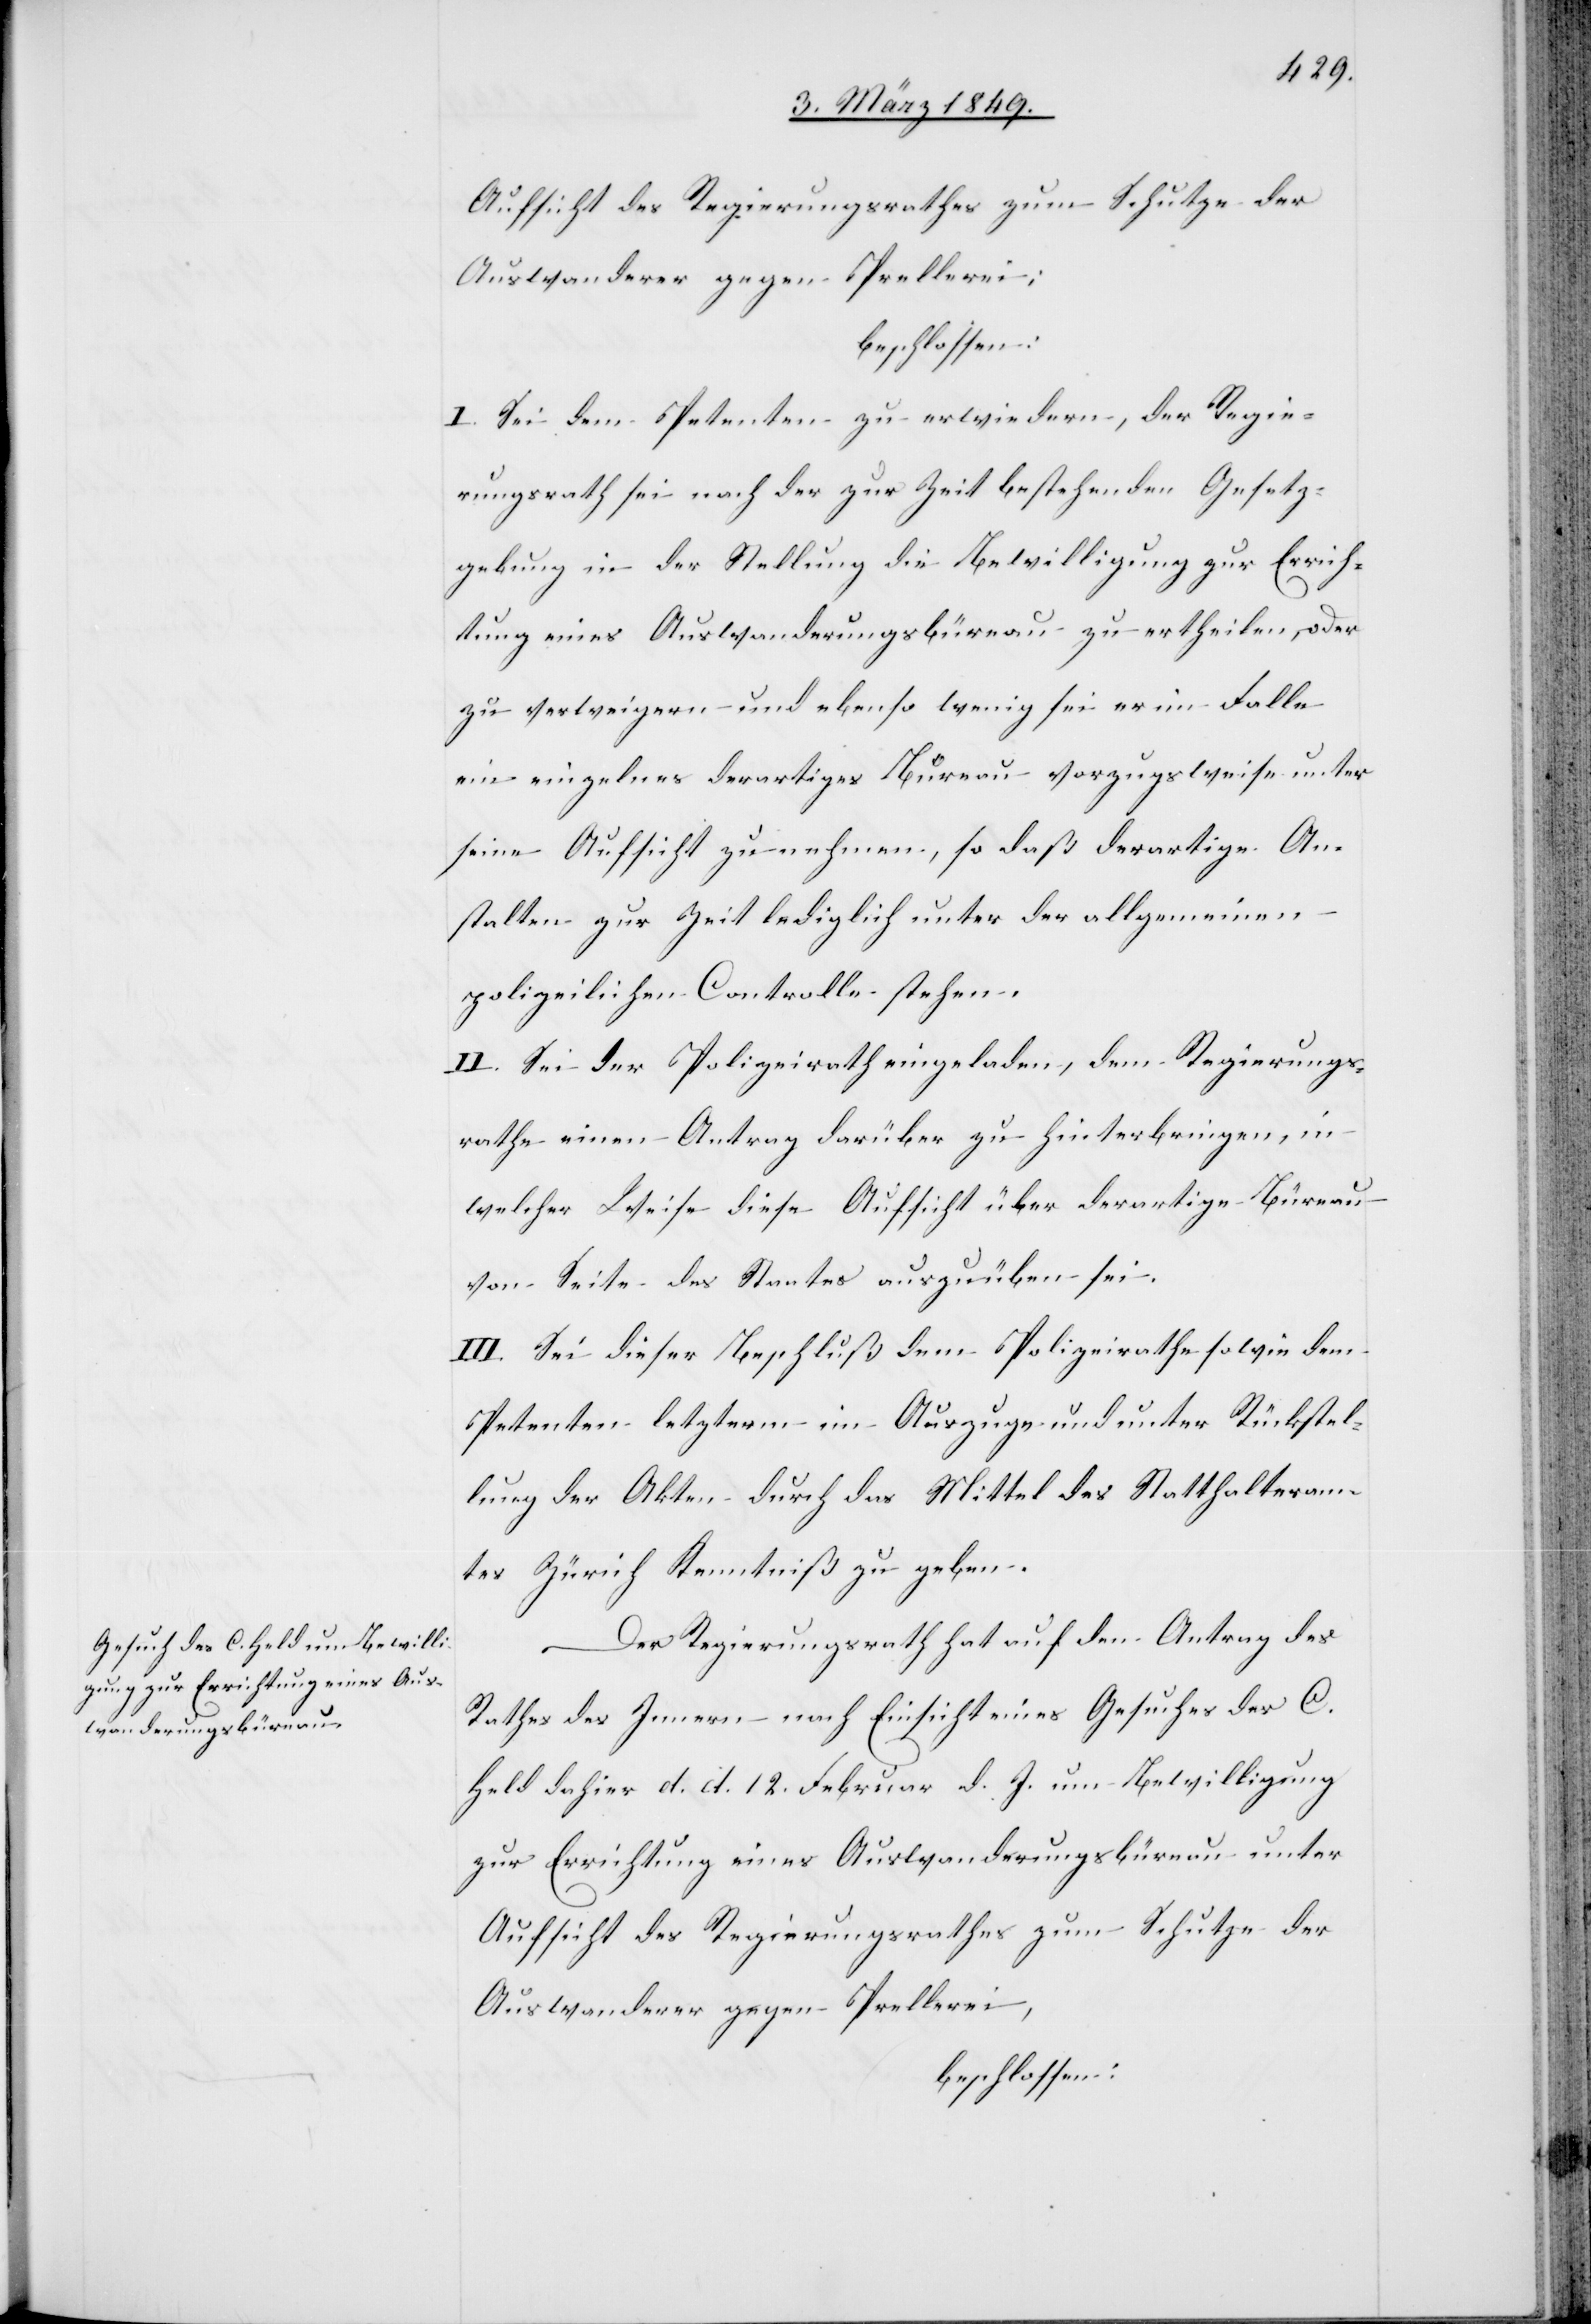
Aufsicht des Regierungsrathes zum Schutze der
Auswanderer gegen Prellerei;
beschlossen:
I. Sei dem Petenten zu erwiedern, der Regie¬
rungsrath sei nach der zur Zeit bestehenden Gesetz¬
gebung [nicht] in der Stellung die Bewilligung zur Errich¬
tung eines Auswanderungsbüreau zu ertheilen, oder
zu verweigern und ebenso wenig sei er im Falle
ein einzelnes derartiges Büreau vorzugsweise unter
seine Aufsicht zu nehmen, so daß derartige An¬
stalten zur Zeit lediglich unter der allgemeinen
polizeilichen Controlle stehen.
II. Sei der Polizeirath eingeladen, dem Regierungs¬
rathe einen Antrag darüber zu hinterbringen, in
welcher Weise diese Aufsicht über derartige Büreau
von Seite des Staates auszuüben sei.
III. Sei dieser Beschluß dem Polizeirathe sowie dem
Petenten letzterm im Auszuge und unter Rückstel¬
lung der Akten durch das Mittel des Statthalteram¬
tes Zürich Kenntniß zu geben.
Der Regierungsrath hat auf den Antrag des
Rathes des Innern nach Einsicht eines Gesuches des C.
Held dahier d. d. 12. Februar d. J. um Bewilligung
zur Errichtung eines Auswanderungsbüreau unter
Aufsicht des Regierungsrathes zum Schutze der
Auswanderer gegen Prellerei,
beschlossen: